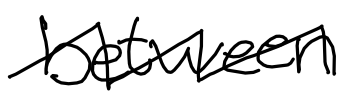
Text: between
Cross-out: zig-zag
Writing tool: digital_black